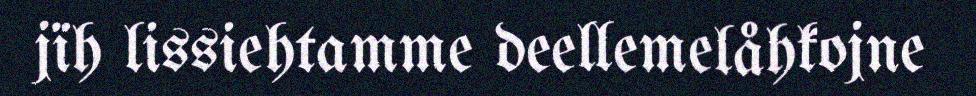
jïh lissiehtamme deellemelåhkojne